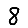
Digit: 8